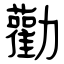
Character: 勸